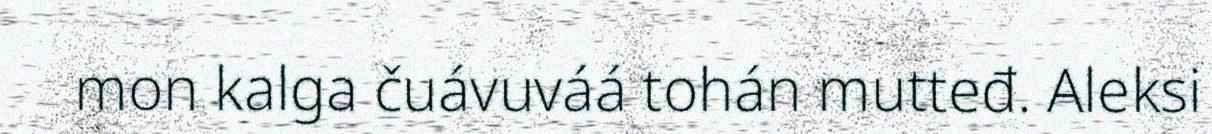
mon kalga čuávuváá tohán mutteđ. Aleksi